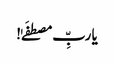
یا ربِّ مصطفَےٰ!